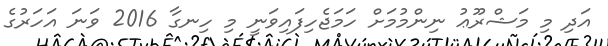
އަދި މި މަޝްރޫޢު ނިންމުމަށް ހަމަޖެހިފައިވަނީ މި ހިނގާ 2016 ވަނަ އަހަރުގެ